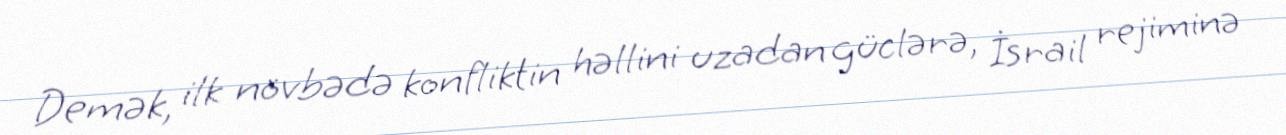
Demək, ilk növbədə konfliktin həllini uzadan güclərə, İsrail rejiminə